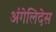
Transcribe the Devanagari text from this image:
अंगेलिदेस